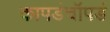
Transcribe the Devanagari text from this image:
कापडंचॉपडं